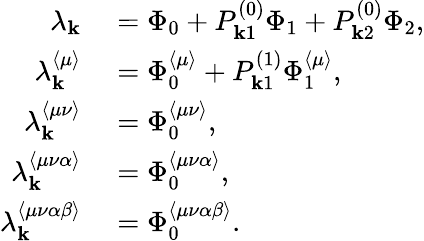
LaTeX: \begin{array}{rl}{\lambda_{\mathbf{k}}}&{{}=\Phi_{0}+P_{\mathbf{k}1}^{(0)}\Phi_{1}+P_{\mathbf{k}2}^{(0)}\Phi_{2},}\\ {\lambda_{\mathbf{k}}^{\langle\mu\rangle}}&{{}=\Phi_{0}^{\langle\mu\rangle}+P_{\mathbf{k}1}^{(1)}\Phi_{1}^{\langle\mu\rangle},}\\ {\lambda_{\mathbf{k}}^{\langle\mu\nu\rangle}}&{{}=\Phi_{0}^{\langle\mu\nu\rangle},}\\ {\lambda_{\mathbf{k}}^{\langle\mu\nu\alpha\rangle}}&{{}=\Phi_{0}^{\langle\mu\nu\alpha\rangle},}\\ {\lambda_{\mathbf{k}}^{\langle\mu\nu\alpha\beta\rangle}}&{{}=\Phi_{0}^{\langle\mu\nu\alpha\beta\rangle}.}\end{array}